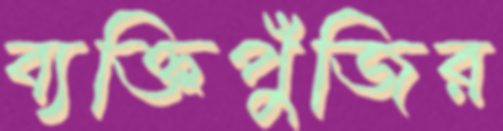
ব্যক্তিপুঁজির